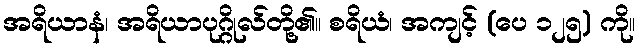
အရိယာနံ၊ အရိယာပုဂ္ဂိုလ်တို့၏။ စရိယံ၊ အကျင့် (ပေ ၁၂၅) ကို။